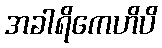
အခါရိကေဟိပိ